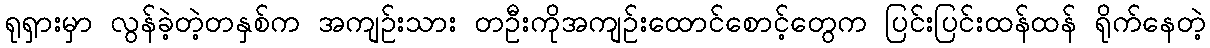
ရုရှားမှာ လွန်ခဲ့တဲ့တနှစ်က အကျဉ်းသား တဦးကိုအကျဉ်းထောင်စောင့်တွေက ပြင်းပြင်းထန်ထန် ရိုက်နေတဲ့